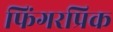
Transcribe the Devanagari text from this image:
फिंगरप्रिक